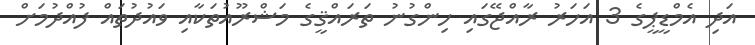
އަދި އެމްޑީޕީގެ 3 އަހަރު ރާއްޖޭގައި ހިންގުނު ތަރައްޤީގެ މަޝްރޫއުތަކާއި ވައުދުތައް ފުއްދުމަށް